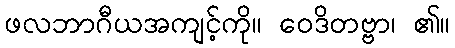
ဖလဘာဂီယအကျင့်ကို။ ဝေဒိတဗ္ဗာ၊ ၏။